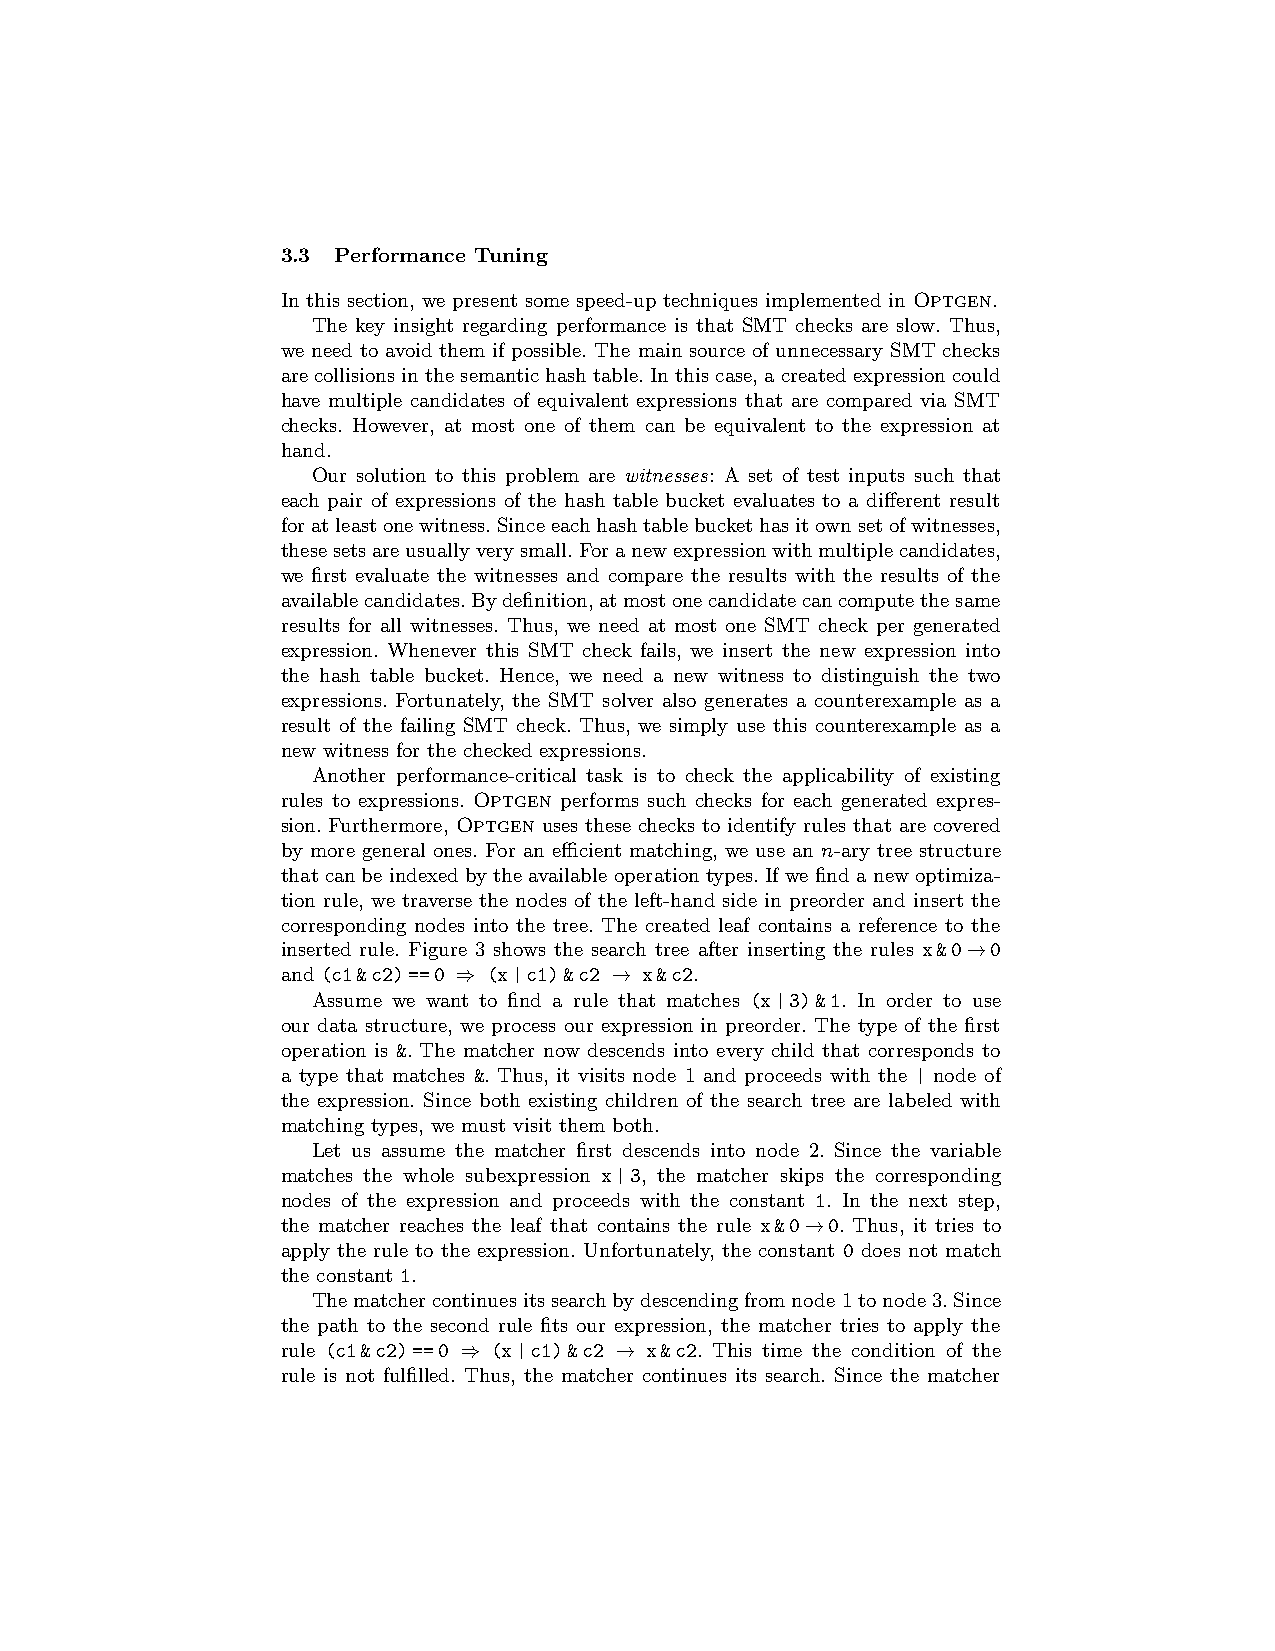
3.3 Performance Tuning
 In this section, we present some speed-up techniques implemented in Optgen.
 The key insight regarding performance is that SMT checks are slow. Thus,
 we need to avoid them if possible. The main source of unnecessary SMT checks
 arecollisions inthesemantichash table.Inthis case,acreated expressioncould
 have multiple candidates of equivalent expressions that are compared via SMT
 checks. However, at most one of them can be equivalent to the expression at
 hand.
 Our solution to this problem are witnesses: A set of test inputs such that
 each pair of expressions of the hash table bucket evaluates to a different result
 foratleastonewitness.Sinceeachhashtablebuckethasitownsetofwitnesses,
 thesesetsareusuallyverysmall.Foranewexpressionwithmultiplecandidates,
 we first evaluate the witnesses and compare the results with the results of the
 availablecandidates.Bydefinition,atmostonecandidatecancomputethesame
 results for all witnesses. Thus, we need at most one SMT check per generated
 expression. Whenever this SMT check fails, we insert the new expression into
 the hash table bucket. Hence, we need a new witness to distinguish the two
 expressions. Fortunately, the SMT solver also generates a counterexample as a
 result of the failing SMT check. Thus, we simply use this counterexample as a
 new witness for the checked expressions.
 Another performance-critical task is to check the applicability of existing
 rules to expressions. Optgen performs such checks for each generated expres-
 sion. Furthermore, Optgen uses these checks to identify rules that are covered
 by more general ones. For an efficient matching, we use an n-ary tree structure
 that can be indexed by the available operation types. If we find a new optimiza-
 tion rule, we traverse the nodes of the left-hand side in preorder and insert the
 corresponding nodes into the tree. The created leaf contains a reference to the
 inserted rule. Figure 3 shows the search tree after inserting the rules x&0→0
 and (c1&c2)==0 ⇒ (x|c1)&c2 → x&c2.
 Assume we want to find a rule that matches (x|3)&1. In order to use
 our data structure, we process our expression in preorder. The type of the first
 operation is &. The matcher now descends into every child that corresponds to
 a type that matches &. Thus, it visits node 1 and proceeds with the | node of
 the expression. Since both existing children of the search tree are labeled with
 matching types, we must visit them both.
 Let us assume the matcher first descends into node 2. Since the variable
 matches the whole subexpression x|3, the matcher skips the corresponding
 nodes of the expression and proceeds with the constant 1. In the next step,
 the matcher reaches the leaf that contains the rule x&0→0. Thus, it tries to
 apply the rule to the expression. Unfortunately, the constant 0 does not match
 the constant 1.
 Thematchercontinuesitssearchbydescendingfromnode1tonode3.Since
 the path to the second rule fits our expression, the matcher tries to apply the
 rule (c1&c2)==0 ⇒ (x|c1)&c2 → x&c2. This time the condition of the
 rule is not fulfilled. Thus, the matcher continues its search. Since the matcher